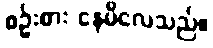
စဉ်းစား နေမိလေသည်။